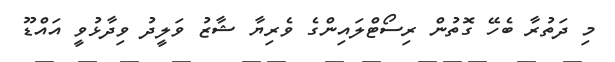
މި ދަތުރާ ބެހޭ ގޮތުން ރިސޯޓްލައިންގެ ވެރިޔާ ޝާޒު ވަލީދު ވިދާޅުވީ އައްޑޫ